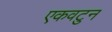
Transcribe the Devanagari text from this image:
एकवटुन